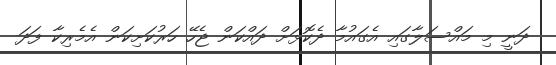
ދަނީ މި މައްސަލާގައި އެގައުމާ ދެކޮޅަށް ދައްކަން ޖެހޭ ހަރުކަށިކަން އެމެރިކާ ފަދަ